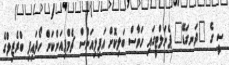
ސީ ގެ "ދަނގަޑޭ" ޕެނަލްޓީގައި ހަވާސް ބަލިކޮށް އަފިލިއަންސް ޗެމްޕިއަންކަން ހޯދައިފި ބްރެޒިލްގެ